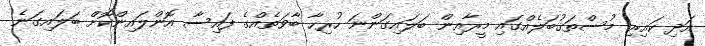
އަދި ކައިރި މުސްތަޤުބަލެއްގައި މީރާއިން ބަލައިގަންނަ ހުރިހާ ބާވަތެއްގެ ފައިސާ އޮންލައިންކޮށް ބަލައިގަނެ